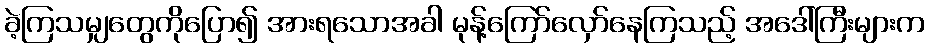
ခဲ့ကြသမျှတွေကိုပြော၍ အားရသောအခါ မုန့်ကြော်လှော်နေကြသည့် အဒေါ်ကြီးများက